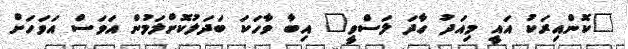
"ކޮންއިރަކު އައީ މިއަދު ހާދަ ލަސްވީ" އިބާ ވާހަކަ ބަދަލުކޮށްލަމުން އަވަސް އަވަހަށް